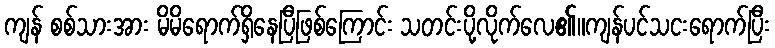
ကျန် စစ်သားအား မိမိရောက်ရှိနေပြီဖြစ်ကြောင်း သတင်းပို့လိုက်လေ၏။ကျန်ပင်သငးရောက်ပြီး